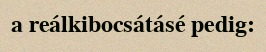
a reálkibocsátásé pedig: